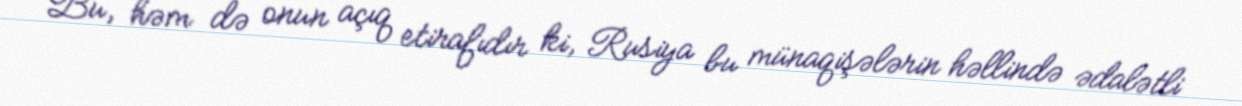
Bu, həm də onun açıq etirafıdır ki, Rusiya bu münaqişələrin həllində ədalətli